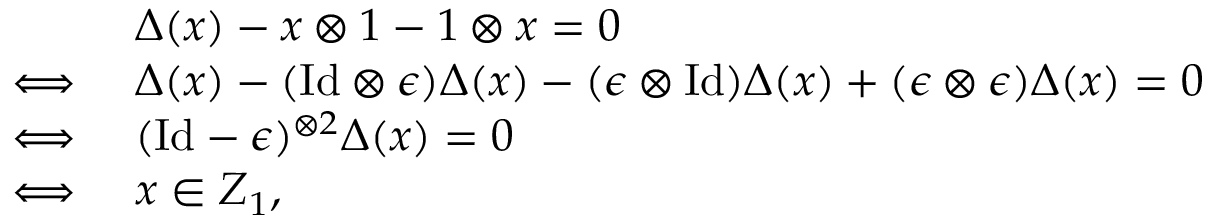
\begin{array} { r l } & { \Delta ( x ) - x \otimes 1 - 1 \otimes x = 0 } \\ { \iff } & { \Delta ( x ) - ( \mathrm { I d } \otimes \epsilon ) \Delta ( x ) - ( \epsilon \otimes \mathrm { I d } ) \Delta ( x ) + ( \epsilon \otimes \epsilon ) \Delta ( x ) = 0 } \\ { \iff } & { ( \mathrm { I d } - \epsilon ) ^ { \otimes 2 } \Delta ( x ) = 0 } \\ { \iff } & { x \in Z _ { 1 } , } \end{array}